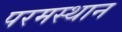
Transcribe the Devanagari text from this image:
परमस्थान